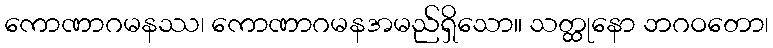
ကောဏာဂမနဿ၊ ကောဏာဂမနအမည်ရှိသော။ သတ္ထုနော ဘဂဝတော၊